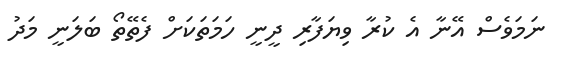
ނަމަވެސް އޭނާ އެ ކުރާ ވިޔަފާރި ދީނީ ހަމަތަކަށް ފެތޭތޯ ބަލަނީ މަދު